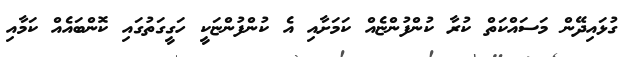
ގުޅައިދޭން މަސައްކަތް ކުރާ ކުންފުންޏެއް ކަމަށާއި އެ ކުންފުންޏަކީ ހަގީގަތުގައި ކޮންބައެއް ކަމާއި